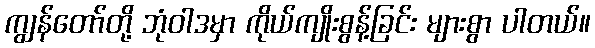
ကျွန်တော်တို့ ဘုံဝါဒမှာ ကိုယ်ကျိုးစွန့်ခြင်း များစွာ ပါတယ်။